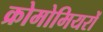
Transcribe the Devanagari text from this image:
क्रोमोमियरों